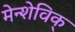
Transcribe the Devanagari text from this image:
मेन्शेविक्